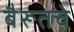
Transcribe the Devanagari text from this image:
बैरूतचे